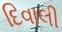
દિવાલી